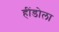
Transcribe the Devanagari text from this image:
हींडोला